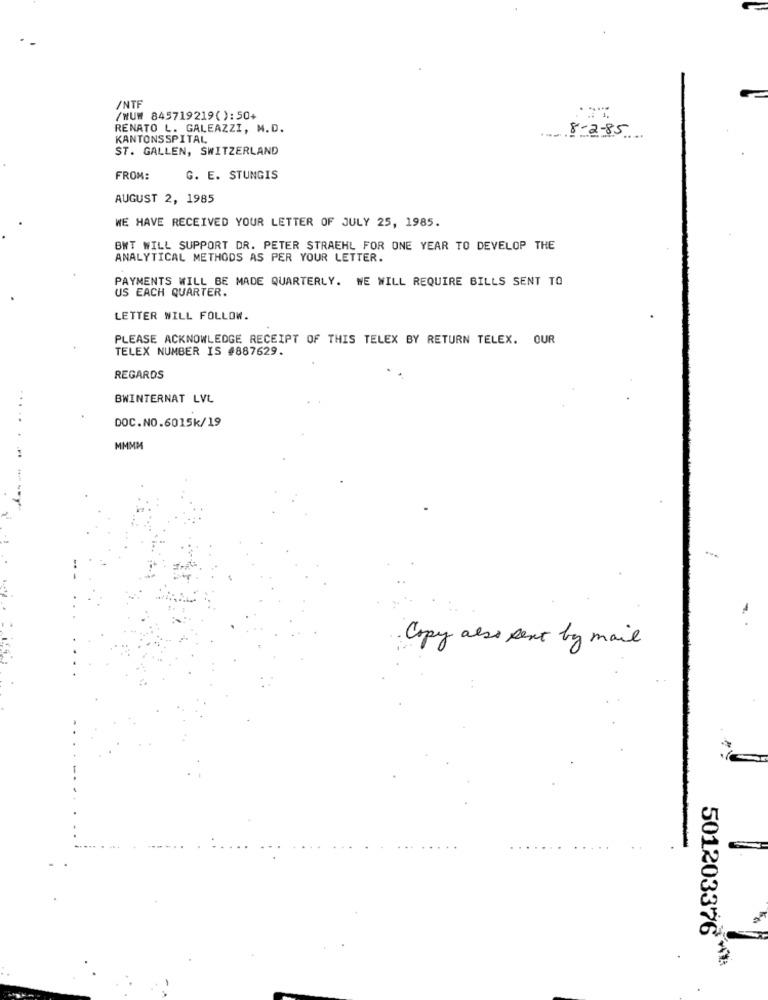
/NTF
/NU# 845719219( ):50+
RENATO L. GALEAZZI, M.D.
KANTONSSPITAL
8-2-85
ST. GALLEN, SWITZERLAND
FROM:
G. E. STUNGIS
AUGUST 2, 1985
WE HAVE RECEIVED YOUR LETTER OF JULY 25, 1985.
BWT WILL SUPPORT DR. PETER STRAEHL FOR ONE YEAR TO DEVELOP THE
ANALYTICAL METHODS AS PER YOUR LETTER.
PAYMENTS WILL BE MADE QUARTERLY. WE WILL REQUIRE BILLS SENT TO
US EACH QUARTER.
LETTER WILL FOLLOW.
PLEASE ACKNOWLEDGE RECEIPT OF THIS TELEX BY RETURN TELEX. OUR
TELEX NUMBER IS #887629.
REGARDS
BWINTERNAT LVL
....
DOC.NO.6015k/19
MMMM
Copy also sent by mail
501203378-1